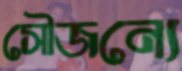
সৌজন্যে